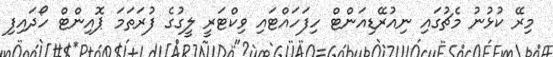
މިރޭ ކުޅުނު މެޗުގައި ނިއުރޭޑިއަންޓް ހިފަހައްޓައި ވިކްޓަރީ ލީގުގެ ފުރަތަމަ ޕޮއިންޓް ހޯދައިފި